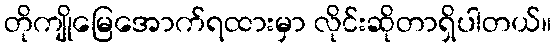
တိုကျိုမြေအောက်ရထားမှာ လိုင်းဆိုတာရှိပါတယ်။